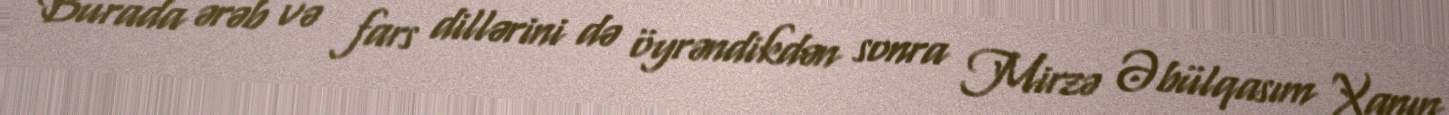
Burada ərəb və fars dillərini də öyrəndikdən sonra Mirzə Əbülqasım Xanın